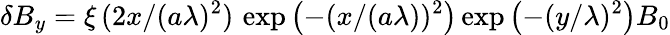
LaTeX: {\delta B_{y}=\xi\, (2x/(a\lambda)^{2})\, \exp\left(-(x/(a\lambda))^{2}\right)\exp\left(-(y/\lambda)^{2}\right)B_{0}}